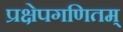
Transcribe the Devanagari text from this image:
प्रक्षेपगणितम्